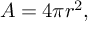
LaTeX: A = 4 \pi r ^ { 2 } ,